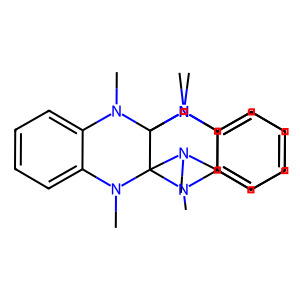
SMILES: CN1c2ccccc2N(C)C23N(C)c4ccccc4N(C)C12N(C)c1ccccc1N3C
Inhibits HIV replication: No